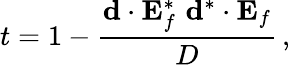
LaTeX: t=1-\frac{\mathbf{d}\cdot\mathbf{E}_{f}^{*}\, \, \mathbf{d}^{*}\cdot\mathbf{E}_{f}}{D}\, ,